Lui_Olesk, lk 9
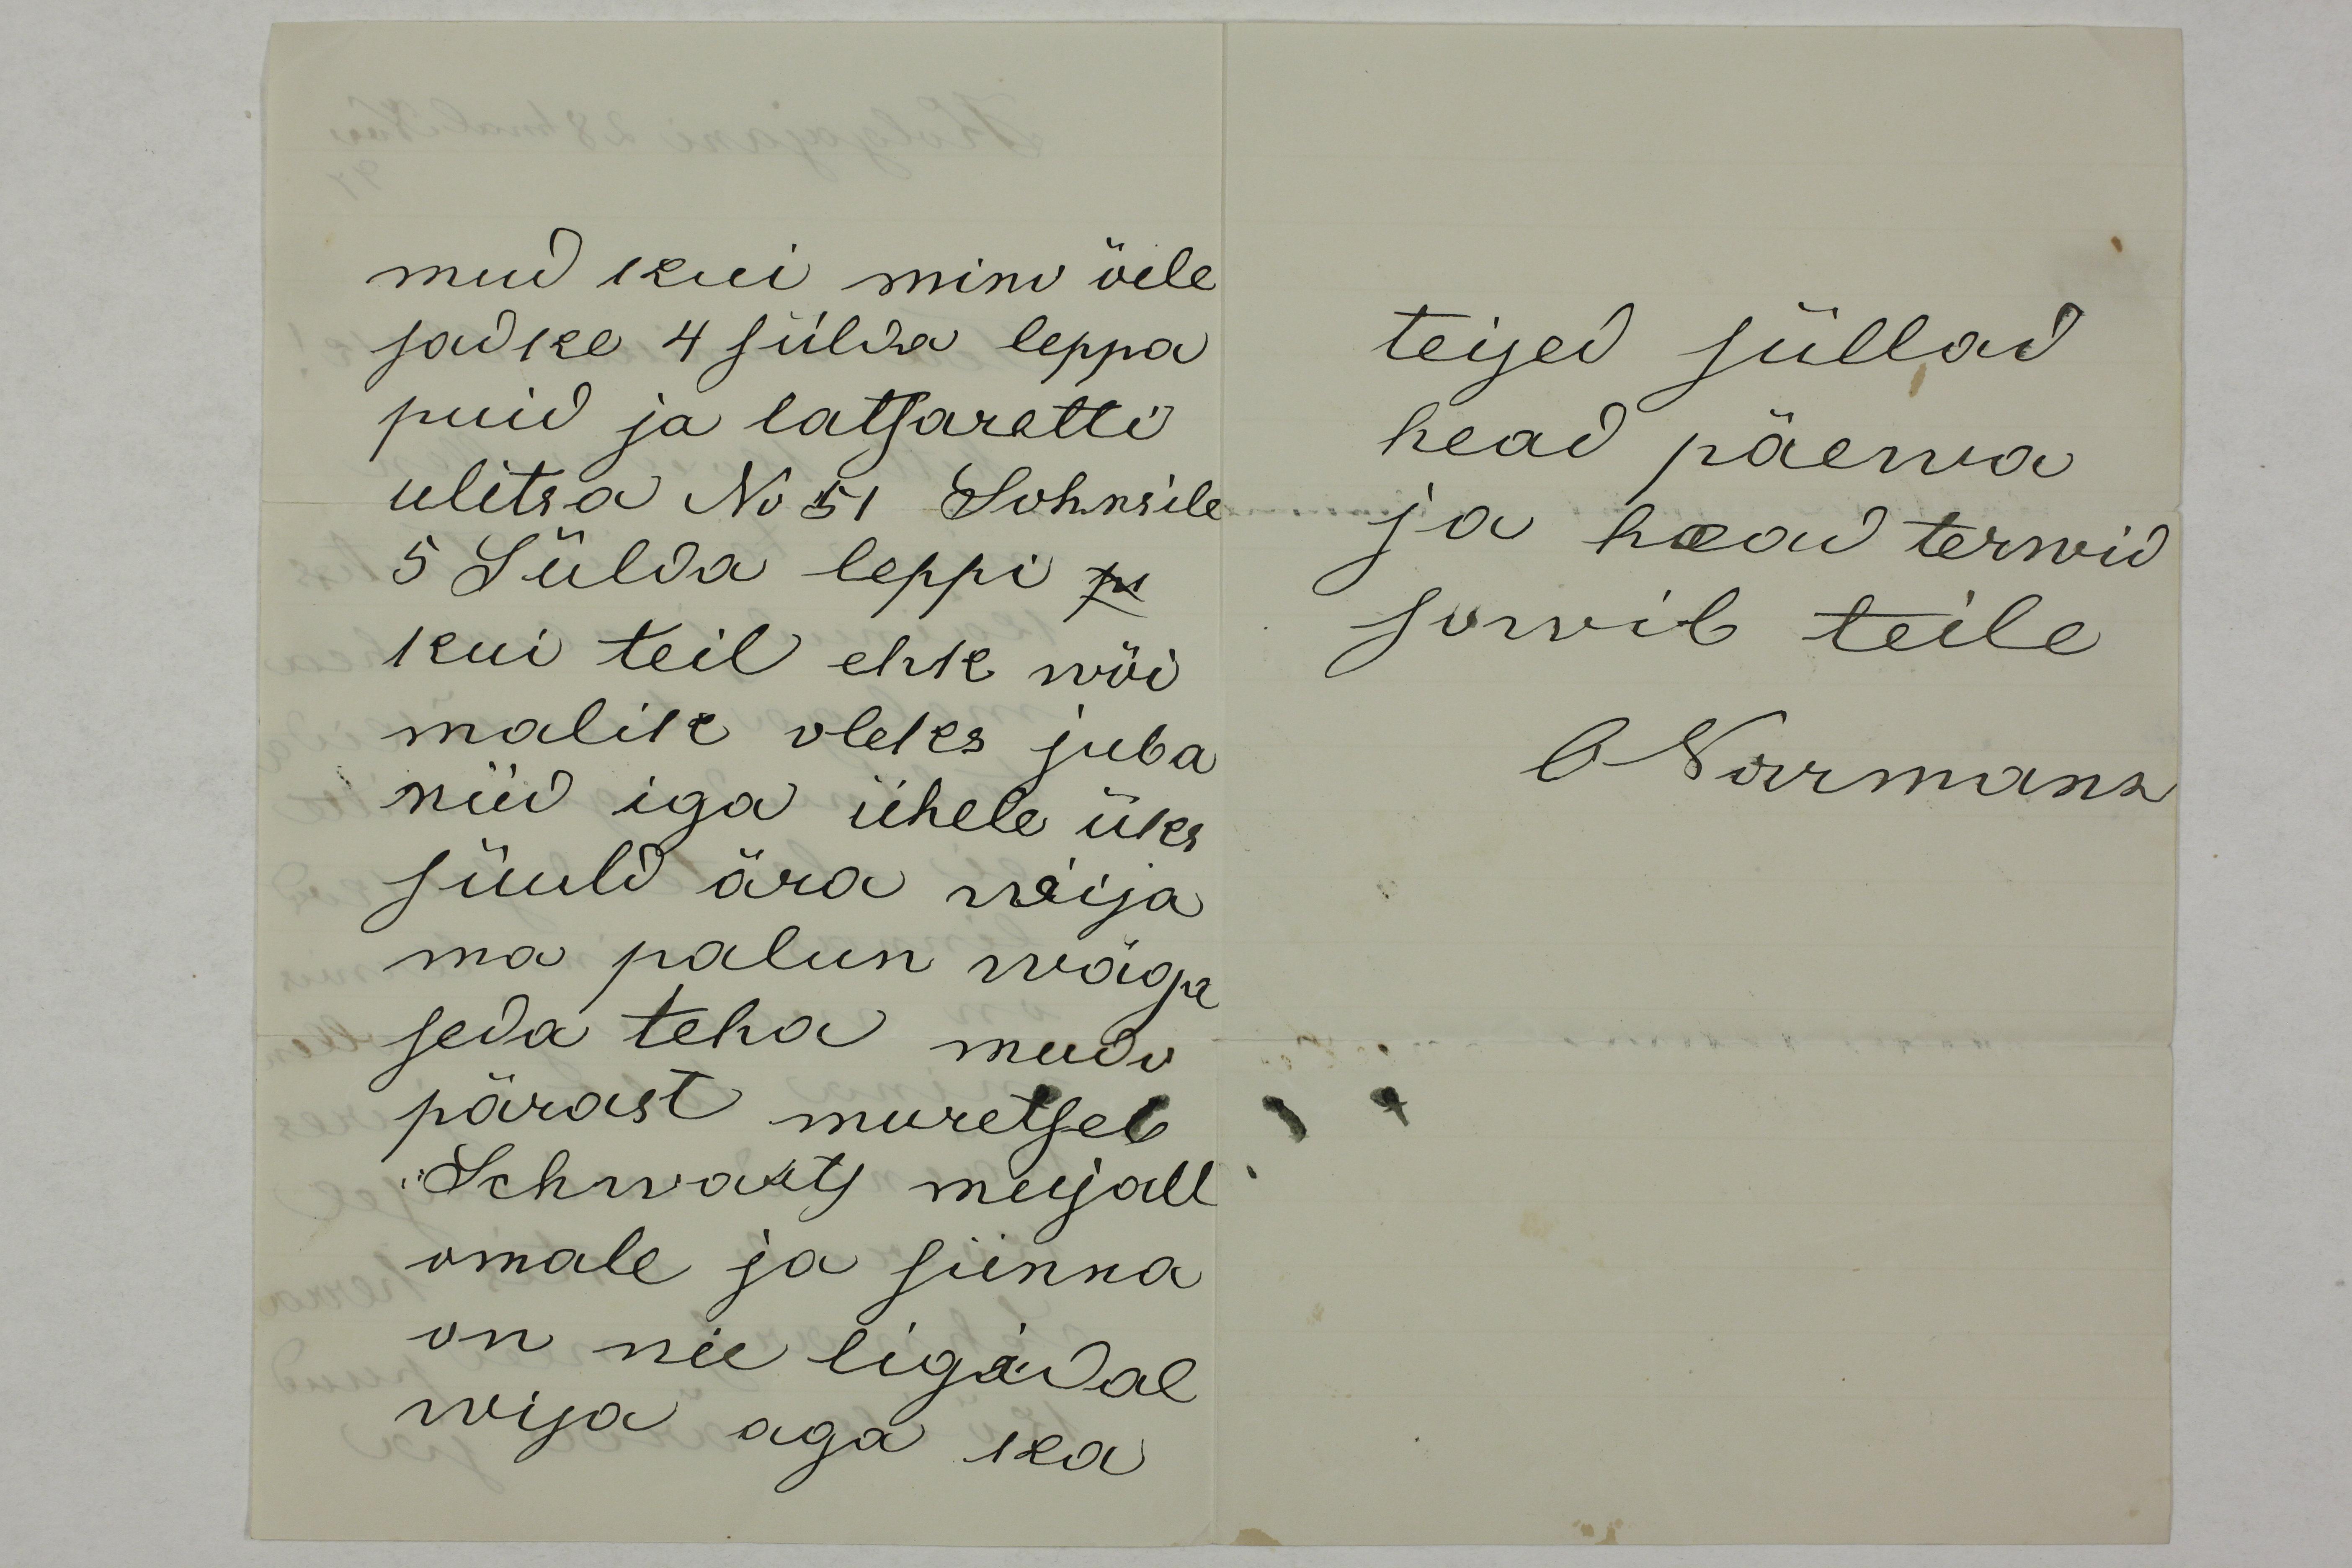
mud kui mino õele
sadke 4 sülda leppa
puid latsaretti
ulitsa No 51 Sohnsile
5 Sülda leppi pe
kui teil ehk wõi
malik oleks juba
nüd iga ühele üks
süuld ära wija
ma palun wäga
seda teha mudo
pärast muretseb
Schwartz mujall
omale ja siinna 
on nie ligidal
wija aga ka

teised süllad
head päewa
ja head tervid
sowib teile
ONorrmann